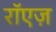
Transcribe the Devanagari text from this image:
रॉएज़